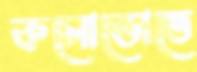
কসোভোতে